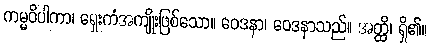
ကမ္မဝိပါကာ၊ ရှေးကံအကျိုးဖြစ်သော။ ဝေဒနာ၊ ဝေဒနာသည်။ အတ္ထိ၊ ရှိ၏။